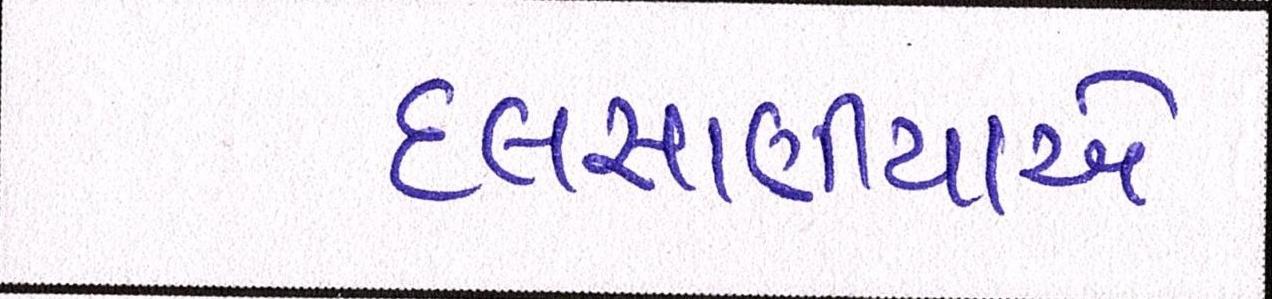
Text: દલસાણીયાએ